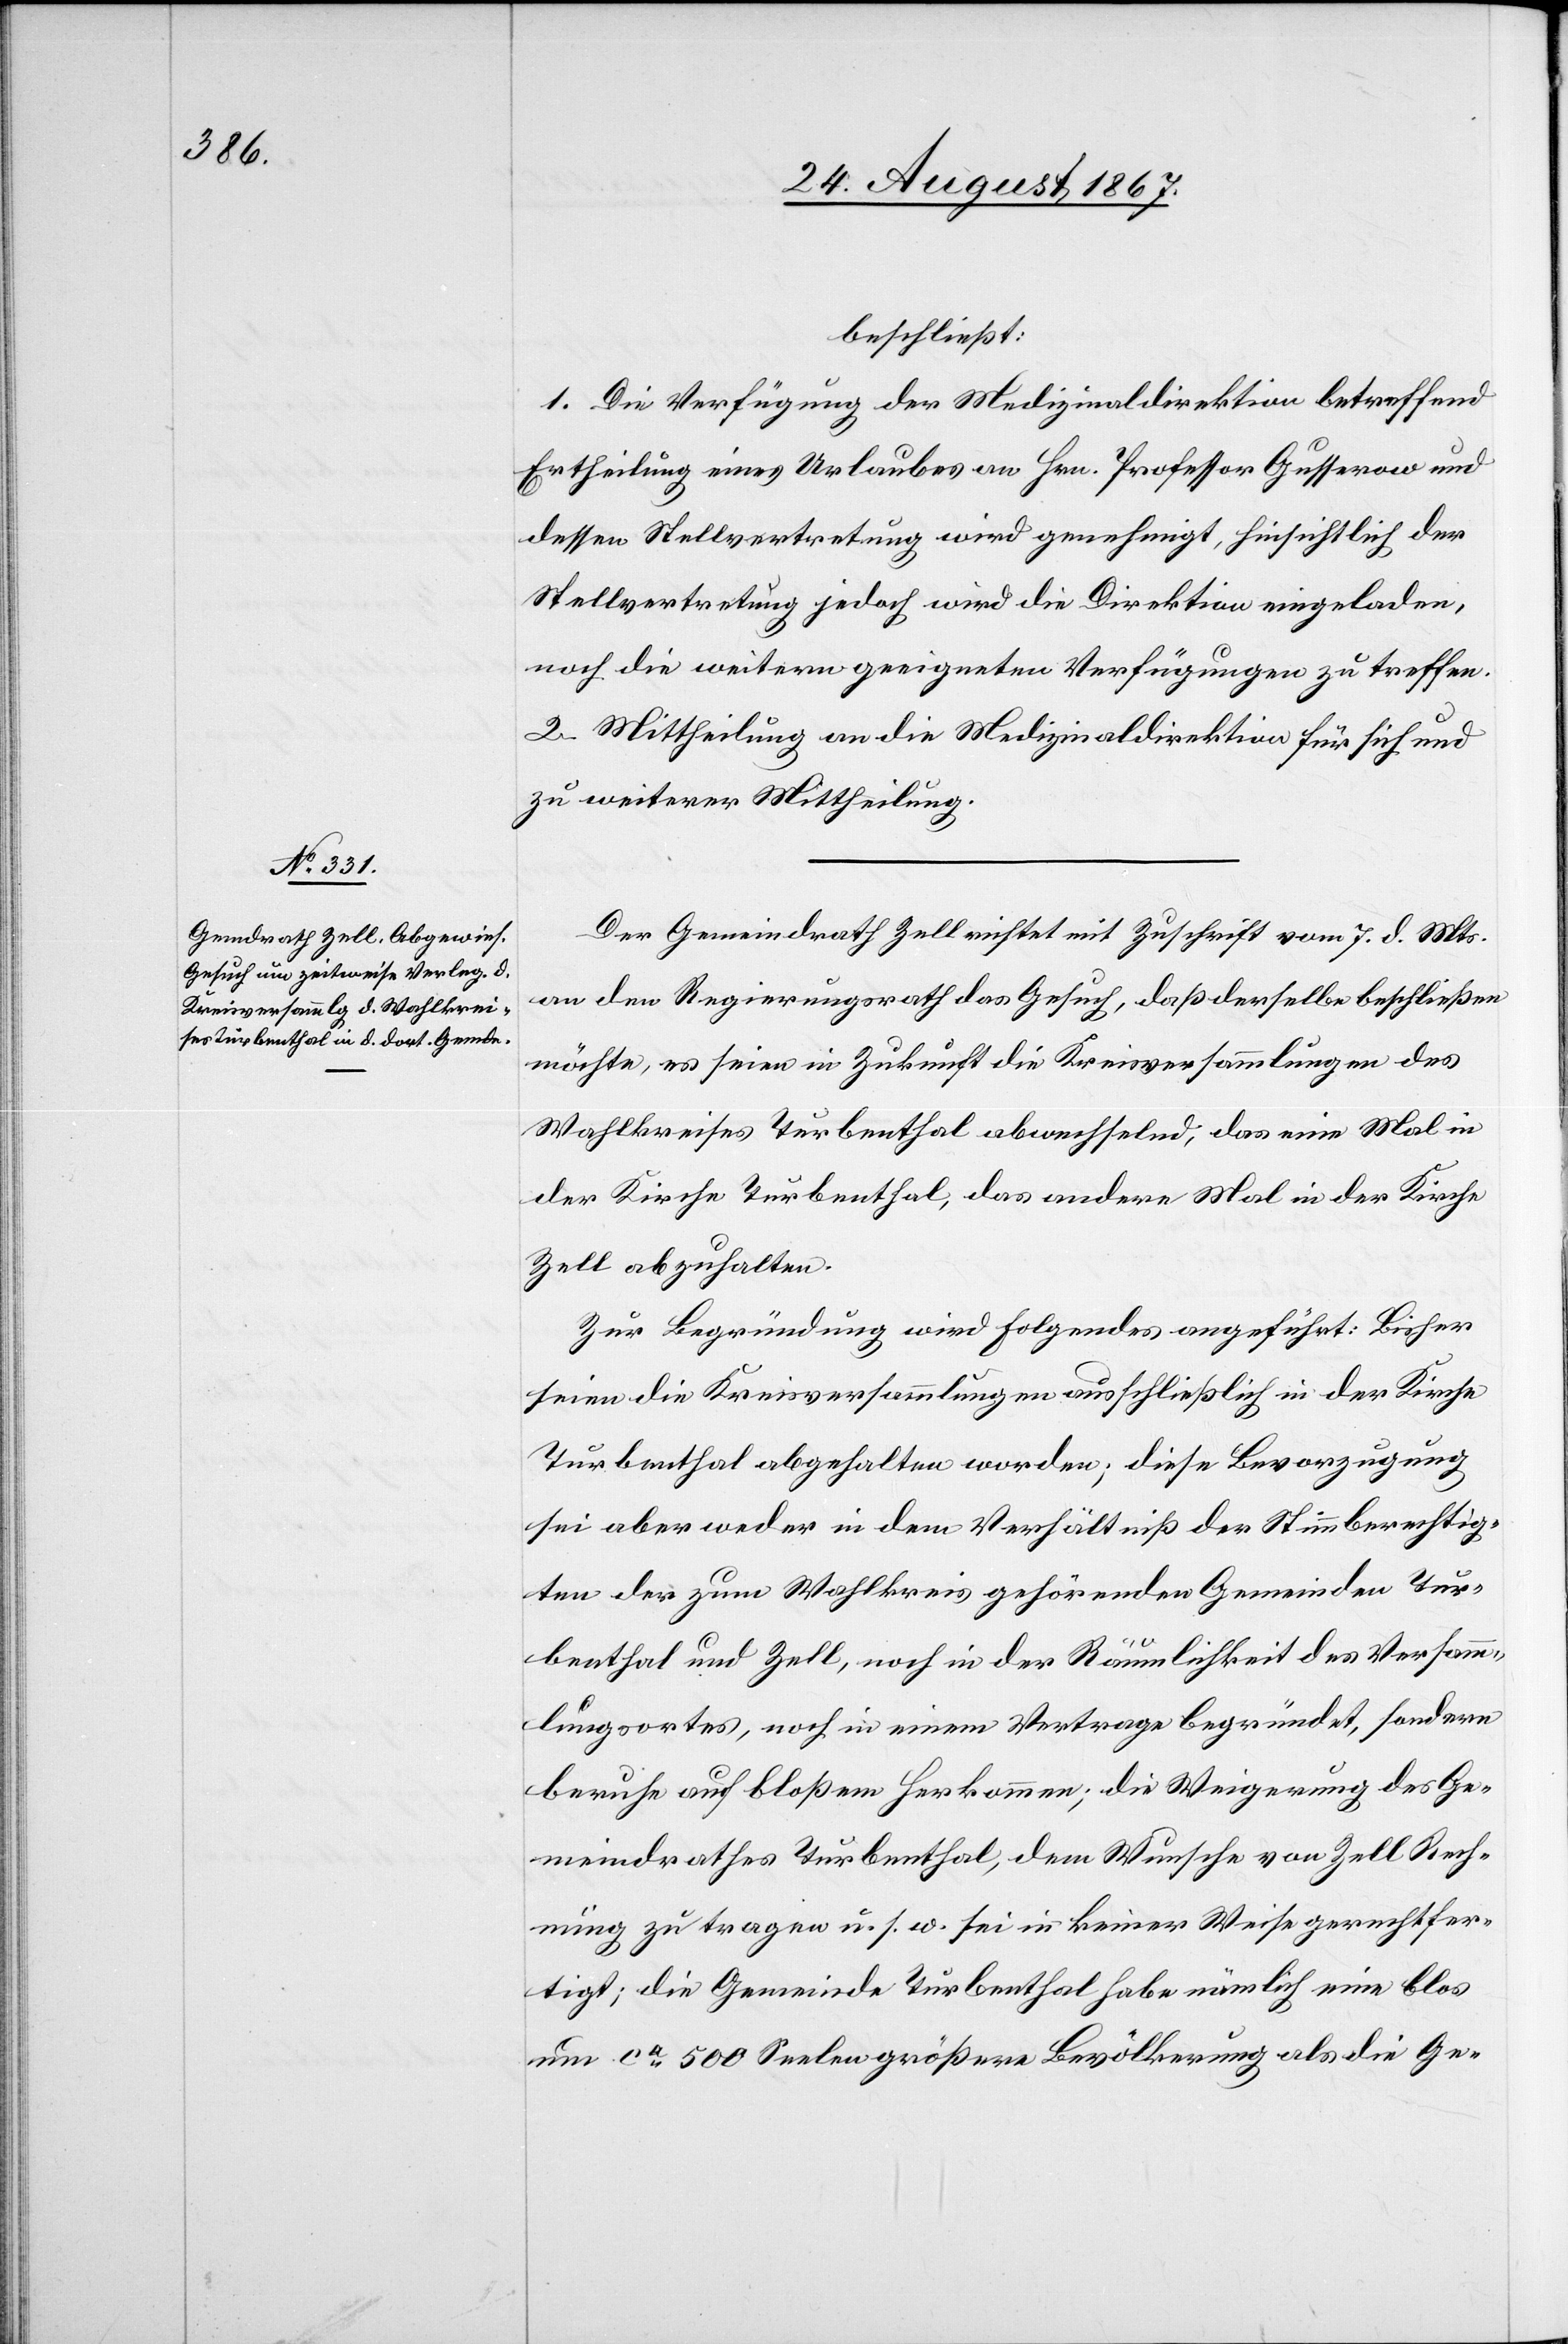
beschließt:
1. Die Verfügung der Medizinaldirektion betreffend
Ertheilung eines Urlaubs an Hrn. Professor Gusserow und
dessen Stellvertretung wird genehmigt, hinsichtlich der
Stellvertretung jedoch wird die Direktion eingeladen,
noch die weitern geeigneten Verfügungen zu treffen.
2. Mittheilung an die Medizinaldirektion für sich und
zu weiterer Mittheilung.
Der Gemeindrath Zell richtet mit Zuschrift vom 7. d. Mts.
an den Regierungsrath das Gesuch, daß derselbe beschließen
möchte, es seien in Zukunft die Kreisversammlungen des
Wahlkreises Turbenthal abwechselnd, das eine Mal in
der Kirche Turbenthal, das andere Mal in der Kirche
Zell abzuhalten.
Zur Begründung wird Folgendes angeführt: Bisher
seien die Kreisversammlungen ausschließlich in der Kirche
Turbenthal abgehalten worden; diese Bevorzugung
sei aber weder in dem Verhältniß der Stimmberechtig¬
ten der zum Wahlkreis gehörenden Gemeinden Tur¬
benthal und Zell, noch in der Räumlichkeit des Versamm¬
lungsortes, noch in einem Vertrage begründet, sondern
beruhe auf bloßem Herkommen; die Weigerung des Ge¬
meindrathes Turbenthal, dem Wunsche von Zell Rech¬
nung zu tragen u. s. w. sei in keiner Weise gerechtfer¬
tigt; die Gemeinde Turbenthal habe nämlich eine blos
um ca. 500 Seelen größere Bevölkerung als die Ge-